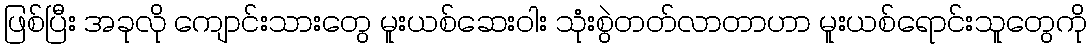
ဖြစ်ပြီး အခုလို ကျောင်းသားတွေ မူးယစ်ဆေးဝါး သုံးစွဲတတ်လာတာဟာ မူးယစ်ရောင်းသူတွေကို